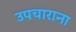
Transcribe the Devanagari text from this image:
उपचाराना